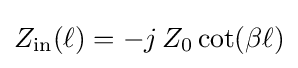
Z_{\mathrm {in} }(\ell )=-j\,Z_{0}\cot(\beta \ell )